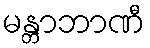
မန္တာဘာဏီ